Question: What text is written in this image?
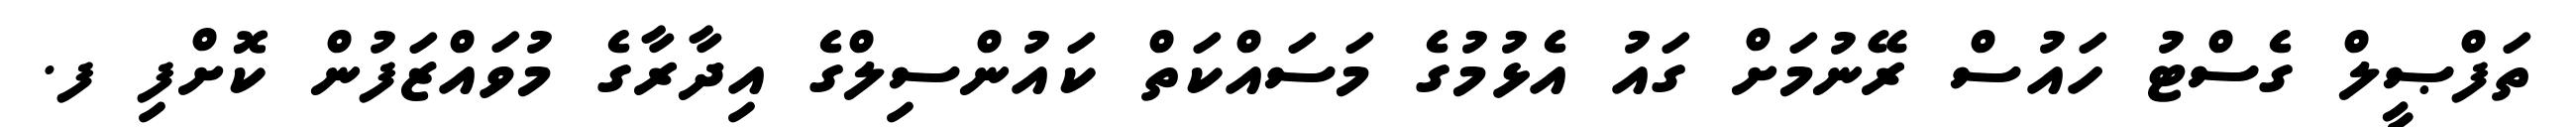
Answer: ތަފްޞީލް ގެސްޓު ހައުސް ރޭނުމަށް ގައު އެޅުމުގެ މަސައްކަތް ކައުންސިލްގެ އިދާރާގެ މުވައްޒަފުން ކޮށްފި ފ.